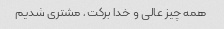
همه چیز عالی و خدا برکت , مشتری شدیم